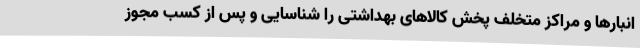
انبارها و مراکز متخلف پخش کالاهای بهداشتی را شناسایی و پس از کسب مجوز